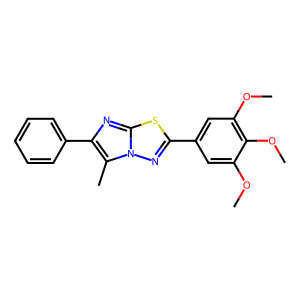
SMILES: COc1cc(-c2nn3c(C)c(-c4ccccc4)nc3s2)cc(OC)c1OC
Inhibits HIV replication: Yes